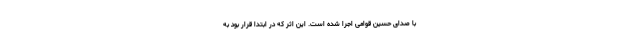
با صدای حسین قوامی اجرا شده است. این اثر که در ابتدا قرار بود به